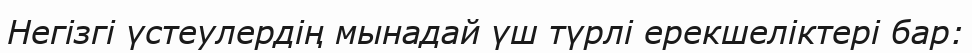
Негізгі үстеулердің мынадай үш түрлі ерекшеліктері бар: